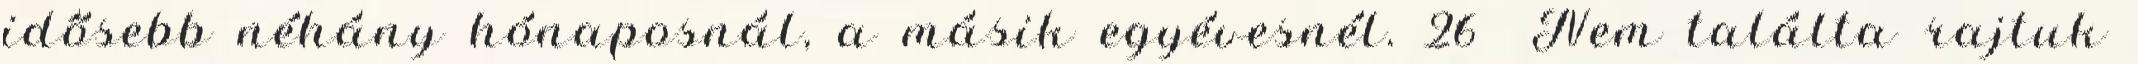
idősebb néhány hónaposnál, a másik egyévesnél. 26 Nem találta rajtuk